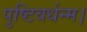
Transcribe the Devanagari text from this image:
पुष्टिवर्धन्म।